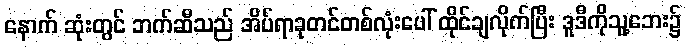
နောက် ဆုံးတွင် ဘက်ဆီသည် အိပ်ရာခုတင်တစ်လုံးပေါ် ထိုင်ချလိုက်ပြီး ဒူဒီကိုသူ့ဘေး၌